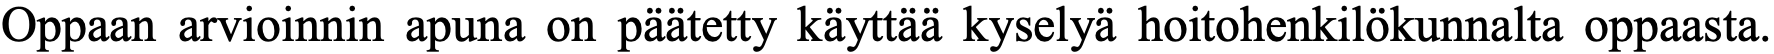
Oppaan arvioinnin apuna on päätetty käyttää kyselyä hoitohenkilökunnalta oppaasta.